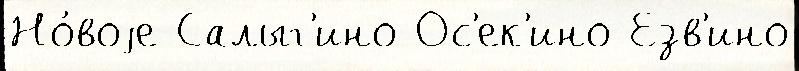
Но́воjе Салыг'ино Ос'ек'ино Езв'ино